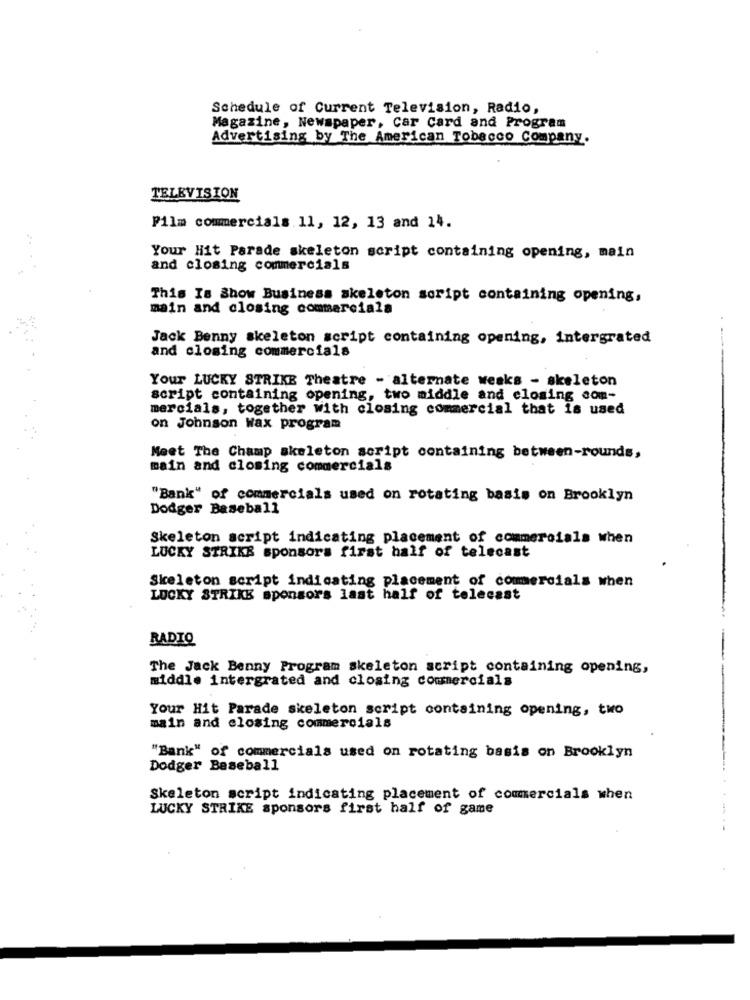
Schedule of Current Television, Radio,
Magazine, Newspaper, Car Card and Program
Advertising by The American Tobacco Company.
TELEVISION
Film commercials.11, 12, 13 and 14.
Your Hit Parade skeleton script containing opening, main
and closing commercials
This Is Show Business skeleton script containing opening,
main and closing commercials
Jack Benny skeleton script containing opening, intergrated
and closing commercials
Your LUCKY STRIKE Theatre - alternate weaks - skeleton
script containing opening, two middle and closing com-
mercials, together with closing commercial that is used
on Johnson Wax program
Meet The Champ skeleton script containing between-rounds,
main and closing commercials
"Bank" of commercials used on rotating basis on Brooklyn
Dodger Baseball
Skeleton script indicating placement of commercials when
LUCKY STRIKE sponsors first half of telecast
Skeleton script indicating placement of commercials when
LUCKY STRIKE sponsors last half of telecast
RADIO
The Jack Benny Program skeleton script containing opening,
middle intergrated and closing commercials
Your Hit Parade skeleton script containing opening, two
main and closing commercials
"Bank" of commercials used on rotating basis on Brooklyn
Dodger Baseball
Skeleton script indicating placement of comercials when
LUCKY STRIKE sponsors first half of game
48%